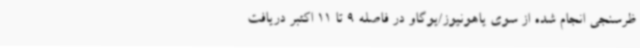
ظرسنجی انجام شده از سوی یاهونیوز/یوگاو در فاصله 9 تا 11 اکتبر دریافت